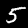
Digit: 5